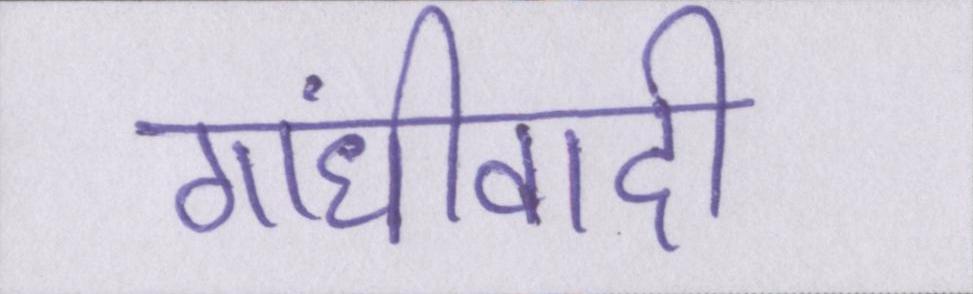
गांधीवादी